Report on the bubonic plague in Bombay, 1896-1897
Year: 1896
Disease focus: Plague
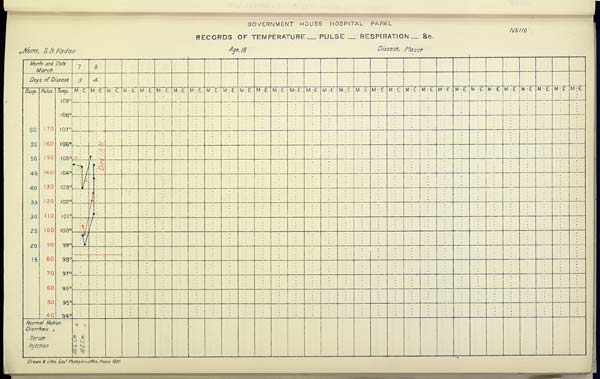
GOVERNMENT HOUSE HOSPITAL PAREL
No. 110
RECORDS OF TEMPERATURE __ PULSE __ RESPIRATION __ &c.
Name,
S.
B.
Kadan
Age,
18
Disease,
Plague
Drawn & Litho: Govt. Photozinco: Office, Poona 1897.